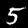
Label: 5